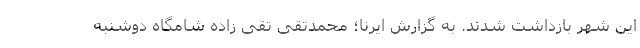
این شهر بازداشت شدند. به گزارش ایرنا؛ محمدتقی تقی زاده شامگاه دوشنبه